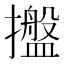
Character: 𢸔